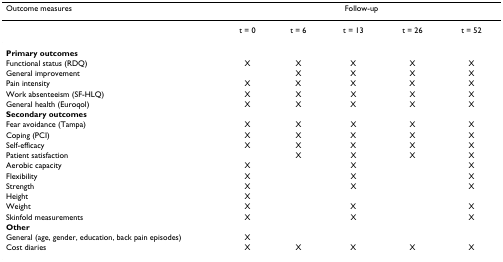
<table><thead><tr><td><b>Outcome measures</b></td><td colspan="5"><b>Follow-up</b></td></tr></thead><tbody><tr><td></td><td>t = 0</td><td>t = 6</td><td>t = 13</td><td>t = 26</td><td>t = 52</td></tr><tr><td><b>Primary outcomes</b></td><td></td><td></td><td></td><td></td><td></td></tr><tr><td>Functional status (RDQ)</td><td>X</td><td>X</td><td>X</td><td>X</td><td>X</td></tr><tr><td>General improvement</td><td></td><td>X</td><td>X</td><td>X</td><td>X</td></tr><tr><td>Pain intensity</td><td>X</td><td>X</td><td>X</td><td>X</td><td>X</td></tr><tr><td>Work absenteeism (SF-HLQ)</td><td>X</td><td>X</td><td>X</td><td>X</td><td>X</td></tr><tr><td>General health (Euroqol)</td><td>X</td><td>X</td><td>X</td><td>X</td><td>X</td></tr><tr><td><b>Secondary outcomes</b></td><td></td><td></td><td></td><td></td><td></td></tr><tr><td>Fear avoidance (Tampa)</td><td>X</td><td>X</td><td>X</td><td>X</td><td>X</td></tr><tr><td>Coping (PCI)</td><td>X</td><td>X</td><td>X</td><td>X</td><td>X</td></tr><tr><td>Self-efficacy</td><td>X</td><td>X</td><td>X</td><td>X</td><td>X</td></tr><tr><td>Patient satisfaction</td><td></td><td>X</td><td>X</td><td>X</td><td>X</td></tr><tr><td>Aerobic capacity</td><td>X</td><td></td><td>X</td><td></td><td>X</td></tr><tr><td>Flexibility</td><td>X</td><td></td><td>X</td><td></td><td>X</td></tr><tr><td>Strength</td><td>X</td><td></td><td>X</td><td></td><td>X</td></tr><tr><td>Height</td><td>X</td><td></td><td></td><td></td><td></td></tr><tr><td>Weight</td><td>X</td><td></td><td>X</td><td></td><td>X</td></tr><tr><td>Skinfold measurements</td><td>X</td><td></td><td>X</td><td></td><td>X</td></tr><tr><td><b>Other</b></td><td></td><td></td><td></td><td></td><td></td></tr><tr><td>General (age, gender, education, back pain episodes)</td><td>X</td><td></td><td></td><td></td><td></td></tr><tr><td>Cost diaries</td><td>X</td><td>X</td><td>X</td><td>X</td><td>X</td></tr></tbody></table>